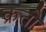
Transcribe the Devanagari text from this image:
क्रतौ